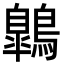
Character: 鷱